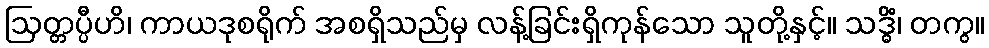
ဩတ္တပ္ပီဟိ၊ ကာယဒုစရိုက် အစရှိသည်မှ လန့်ခြင်းရှိကုန်သော သူတို့နှင့်။ သဒ္ဓိံ၊ တကွ။